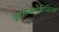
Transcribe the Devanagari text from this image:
यूरोस्केपटिसिस्म